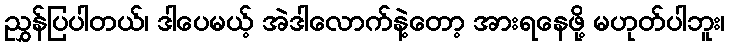
ညွှန်ပြပါတယ်၊ ဒါပေမယ့် အဲဒါလောက်နဲ့တော့ အားရနေဖို့ မဟုတ်ပါဘူး၊